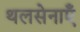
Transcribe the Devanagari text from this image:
थलसेनाएँ